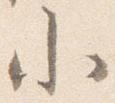
小